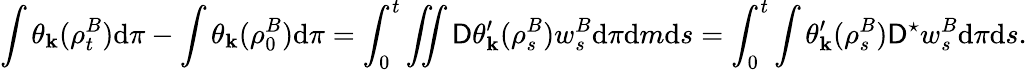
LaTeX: \int\theta_{\mathbf{k}}(\rho_{t}^{B})\mathrm{{d}}\pi-\int\theta_{\mathbf{k}}(\rho_{0}^{B})\mathrm{{d}}\pi=\int_{0}^{t}\iint\mathsf{{D}}\theta_{\mathbf{k}}^{\prime}(\rho_{s}^{B})w_{s}^{B}\mathrm{{d}}\pi\mathrm{{d}}m\mathrm{{d}}s=\int_{0}^{t}\int\theta_{\mathbf{k}}^{\prime}(\rho_{s}^{B})\mathsf{{D}}^{\star}w_{s}^{B}\mathrm{{d}}\pi\mathrm{{d}}s.